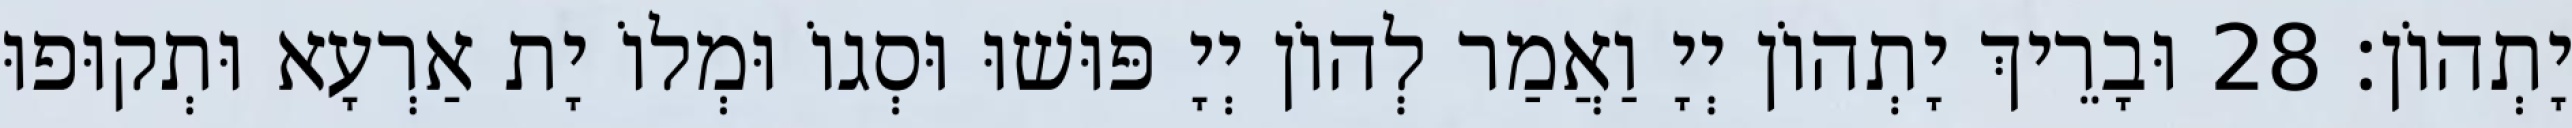
יָתְהוֹן׃ 28 וּבָרֵיךְ יָתְהוֹן יְיָ וַאֲמַר לְהוֹן יְיָ פּוּשׁוּ וּסְגוֹ וּמְלוֹ יָת אַרְעָא וּתְקוּפוּ